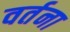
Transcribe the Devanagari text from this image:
वर्तना